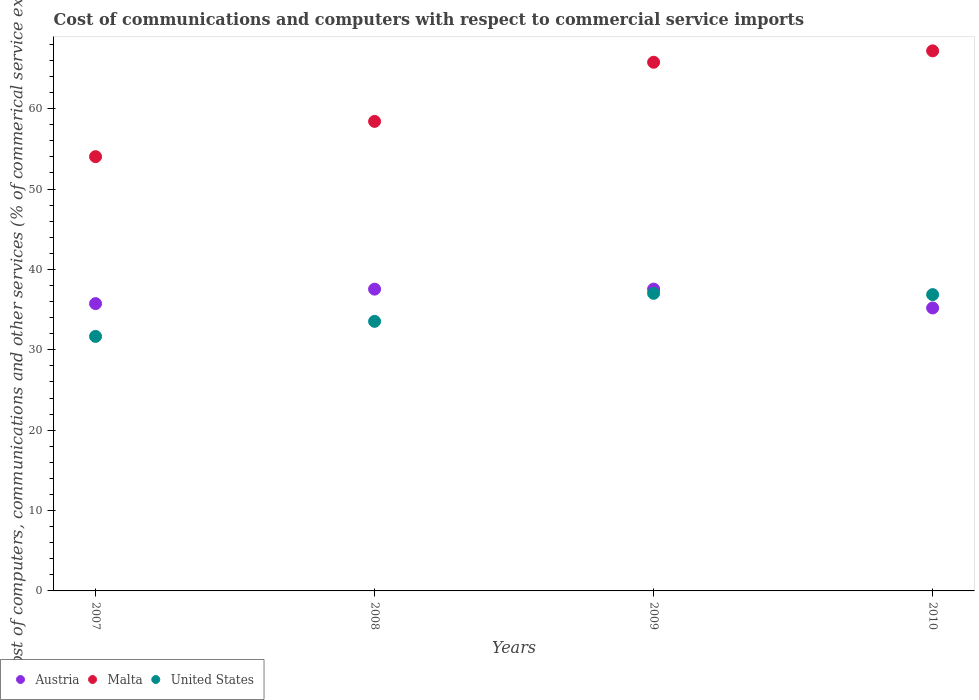
| Years | Austria | Malta | United States |
 | --- | --- | --- | --- |
 | 2007 | 35.7 | 54 | 31.7 |
 | 2008 | 37.5 | 58.4 | 33.5 |
 | 2009 | 37.6 | 65.8 | 37 |
 | 2010 | 35.2 | 67.2 | 36.9 |